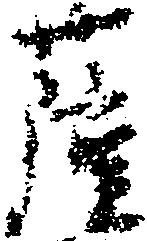
薩